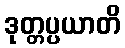
ဒုတ္တပ္ပယာတိ